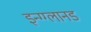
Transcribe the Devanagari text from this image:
इन्ग्ग्लानड